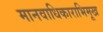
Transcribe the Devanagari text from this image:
मानवाधिकाराभिमूख